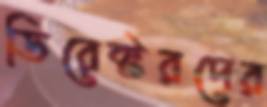
ডিরেক্টরদের